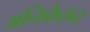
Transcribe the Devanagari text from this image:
अनिकेतन